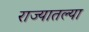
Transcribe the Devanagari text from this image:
राज्‍यातल्‍या